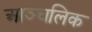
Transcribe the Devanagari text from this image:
आञ्चलिक